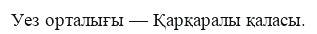
Уез орталығы — Қарқаралы қаласы.